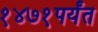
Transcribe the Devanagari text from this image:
१४७१पर्यंत